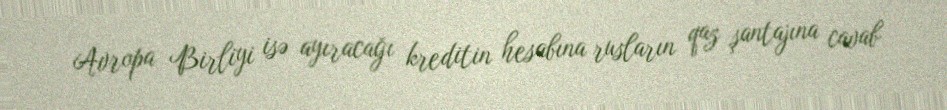
Avropa Birliyi isə ayıracağı kreditin hesabına rusların qaz şantajına cavab